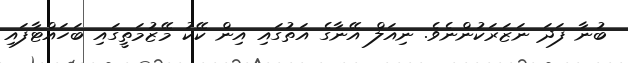
ބުނާ ފަދަ ނަޒަރަކުންނެވެ. ނިއަލް އޭނާގެ އަތުގައި އިން ކޭކު މޭޒުމަތީގައި ބަހައްޓާފައި